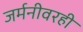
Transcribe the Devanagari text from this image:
जर्मनीवरही